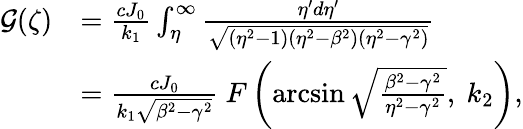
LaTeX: \begin{array}{rl}{\mathcal{G}(\zeta)}&{=\frac{cJ_{0}}{k_{1}}\int_{\eta}^{\infty}\frac{\eta^{\prime}d\eta^{\prime}}{\sqrt{(\eta^{2}-1)(\eta^{2}-\beta^{2})(\eta^{2}-\gamma^{2})}}}\\ &{=\frac{cJ_{0}}{k_{1}\sqrt{\beta^{2}-\gamma^{2}}}\ F\left(\arcsin\sqrt{\frac{\beta^{2}-\gamma^{2}}{\eta^{2}-\gamma^{2}}},\ k_{2}\right),}\end{array}